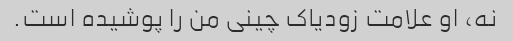
نه، او علامت زودیاک چینی من را پوشیده است.